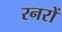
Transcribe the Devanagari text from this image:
रनरों